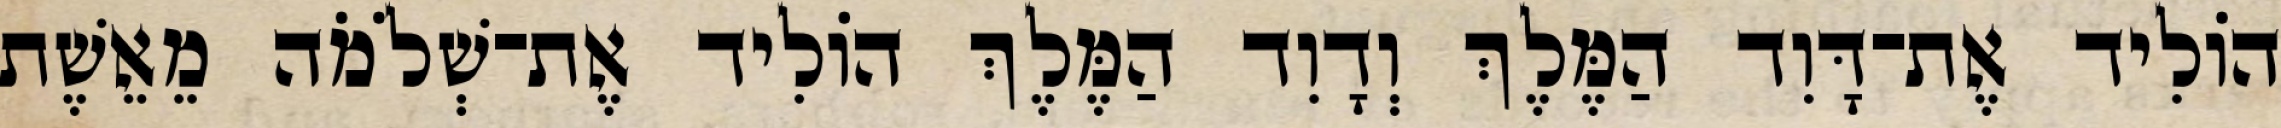
הוֹלִיד אֶת־דָּוִד הַמֶּלֶךְ וְדָוִד הַמֶּלֶךְ הוֹלִיד אֶת־שְׁלֹמֹה מֵאֵשֶׁת